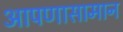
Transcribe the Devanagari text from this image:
आपणासामान